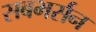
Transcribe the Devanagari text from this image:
सबभर्सन